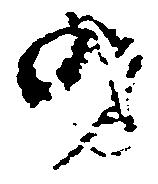
可